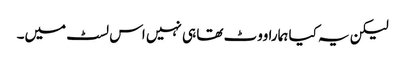
لیکن یہ کیا ہمارا ووٹ تھا ہی نہیں اس لسٹ میں۔